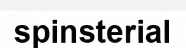
spinsterial